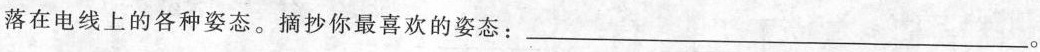
落在电线上的各种姿态。摘抄你最喜欢的姿态：___。